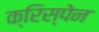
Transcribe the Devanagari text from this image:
क्रिस्पेन